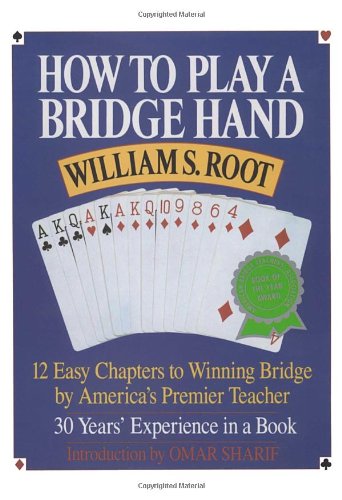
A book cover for How to Play a Bridge Hand: 12 Easy Chapters to Winning Bridge by America's Premier Teacher; William S. Root; Humor & Entertainment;